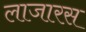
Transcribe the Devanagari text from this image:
लाजारस